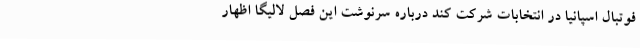
فوتبال اسپانیا در انتخابات شرکت کند درباره سرنوشت این فصل لالیگا اظهار